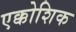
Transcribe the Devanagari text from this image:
एक्कोशिक